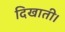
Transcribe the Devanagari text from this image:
दिखाती।